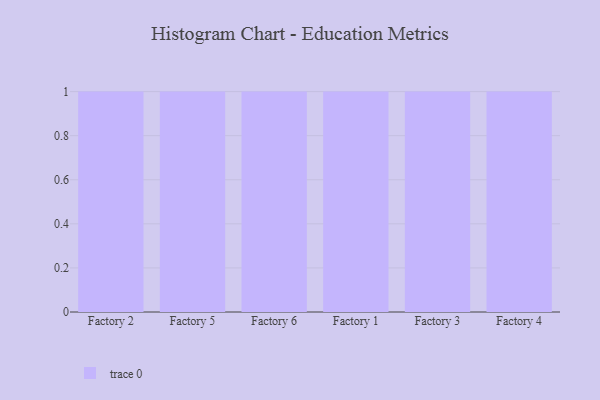
{"axis": {"x": "Factory", "y": "Temperature (°C)"}, "legend": [""], "data": [{"x": "Factory 2", "y": 69, "type": ""}, {"x": "Factory 5", "y": 87, "type": ""}, {"x": "Factory 6", "y": 1, "type": ""}, {"x": "Factory 1", "y": 66, "type": ""}, {"x": "Factory 3", "y": 21, "type": ""}, {"x": "Factory 4", "y": 85, "type": ""}]}